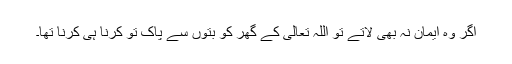
اگر وہ ایمان نہ بھی لاتے تو اللہ تعالیٰ کے گھر کو بتوں سے پاک تو کرنا ہی کرنا تھا۔